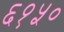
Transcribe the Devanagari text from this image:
६१५०